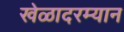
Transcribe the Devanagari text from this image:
खेळादरम्यान